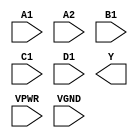
module sky130_fd_sc_hs__a2111oi (
    //# {{data|Data Signals}}
    input  A1  ,
    input  A2  ,
    input  B1  ,
    input  C1  ,
    input  D1  ,
    output Y   ,

    //# {{power|Power}}
    input  VPWR,
    input  VGND
);
endmodule